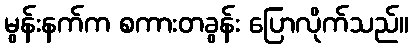
မွန်းနက်က စကားတခွန်း ပြောလိုက်သည်။